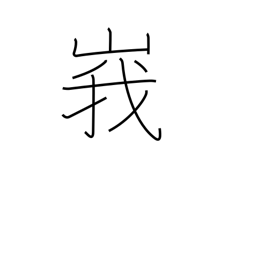
Meaning: lofty